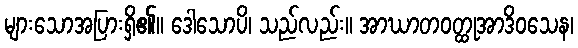
များသောအပြားရှိ၏။ ဒေါသောပိ၊ သည်လည်း။ အာဃာတဝတ္ထုအာဒိဝသေန၊